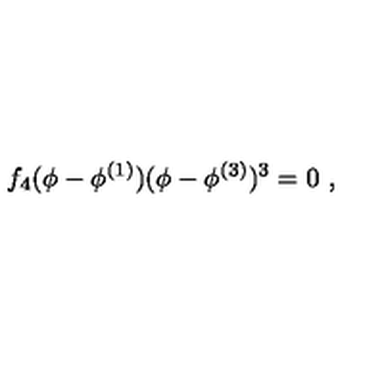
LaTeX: f _ { 4 } ( \phi - \phi ^ { ( 1 ) } ) ( \phi - \phi ^ { ( 3 ) } ) ^ { 3 } = 0 \ ,